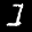
Label: 1